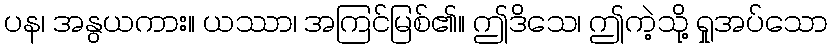
ပန၊ အနွယကား။ ယဿာ၊ အကြင်မြစ်၏။ ဤဒိသေ၊ ဤကဲ့သို့ ရှုအပ်သော